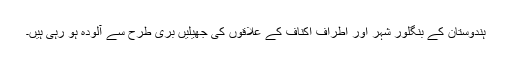
ہندوستان کے بنگلور شہر اور اطراف اکناف کے علاقوں کی جھیلیں بری طرح سے آلودہ ہو رہی ہیں۔